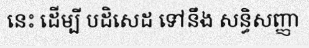
នេះ ដើម្បី បដិសេដ ទៅនឹង សន្ធិសញ្ញា